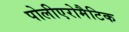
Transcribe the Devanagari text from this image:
पोलीएरोमैटिक